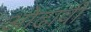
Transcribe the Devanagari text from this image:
ओढावी